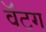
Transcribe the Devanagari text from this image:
वॅटग